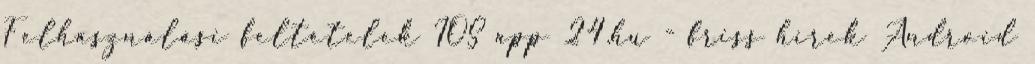
Felhasználási feltételek IOS app 24.hu - friss hírek Android